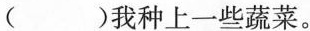
()我种上一些蔬菜。